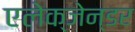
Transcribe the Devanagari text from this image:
एलेक्जेन्डर